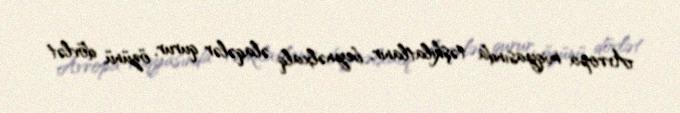
Avropa miqyasında təşkilatlanır, beynəlxalq əlaqələr qurur, özünü dövlət